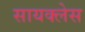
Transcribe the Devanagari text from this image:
सायक्लेस